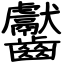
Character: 齾